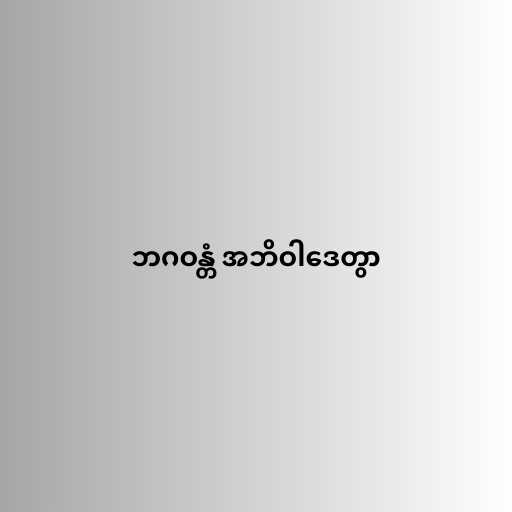
ဘဂဝန္တံ အဘိဝါဒေတွာ